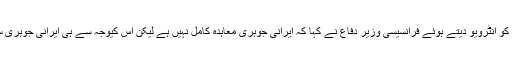
منگل کو ایک ٹی وی چینل کو انٹرویو دیتے ہوئے فرانسیسی وزیر دفاع نے کہا کہ ایرانی جوہری معاہدہ کامل نہیں ہے لیکن اس کیوجہ سے ہی ایرانی جوہری سرگرمیاں معطل ہوئی ہیں۔